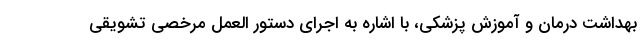
بهداشت درمان و آموزش پزشکی، با اشاره به اجرای دستور العمل مرخصی تشویقی